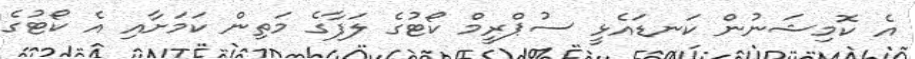
އެ ކޮމިޝަނުން ކަނޑައެޅީ ސުޕްރީމް ކޯޓުގެ ލަފާގެ މަތިން ކަމަށާއި އެ ކޯޓުގެ